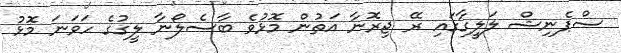
ސްޕެނިޝް ލަލީގާގައި ރޭ ޖިރޮނާ އަތުން މޮޅުވެ ބާސެލޯނާ ލީގުގެ ހަވަނަ މޮޅު